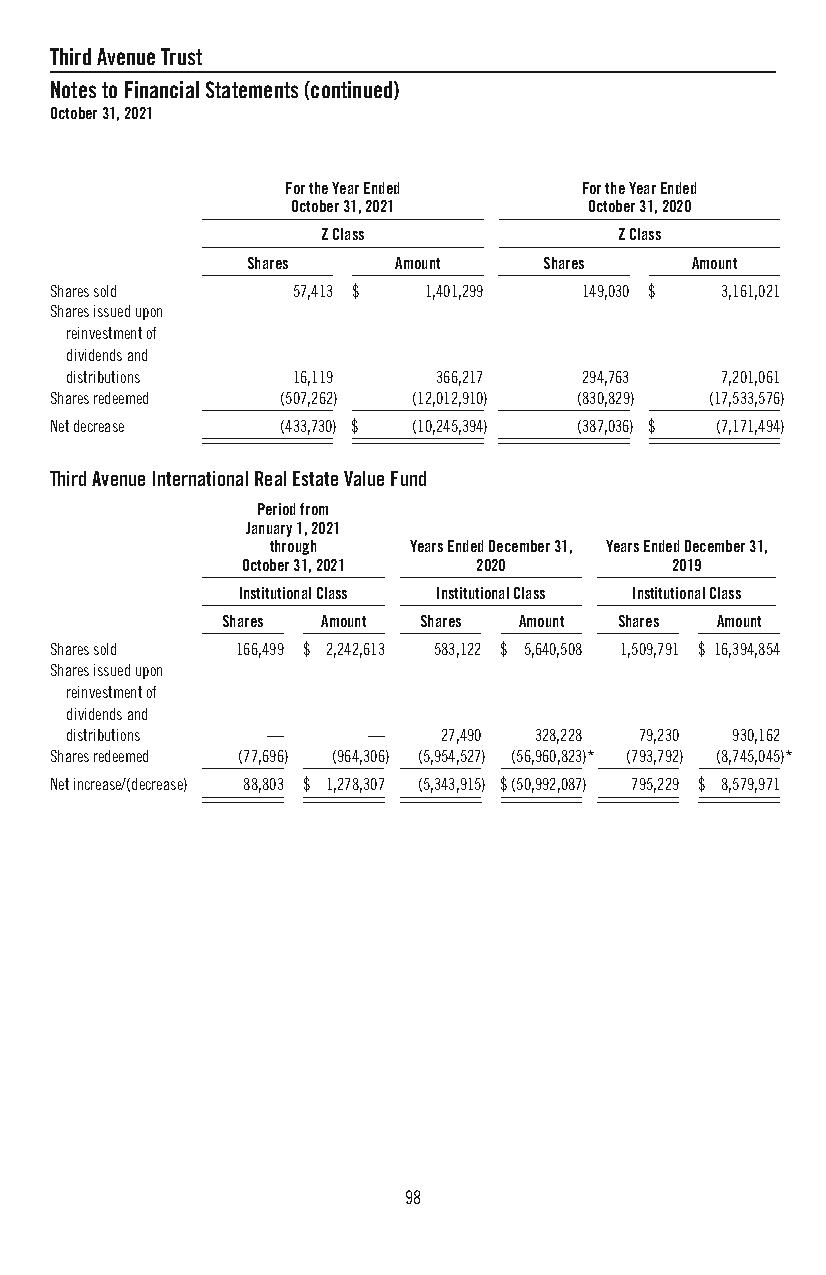
ThirdAvenueTrust
 NotestoFinancialStatements(continued)
 October31,2021
 FortheYearEnded    FortheYearEnded
 October31,2021      October31,2020
 ZClass              ZClass
 Shares    Amount    Shares    Amount
 Sharessold      57,413 $ 1,401,299 149,030 $ 3,161,021
 Sharesissuedupon
 reinvestmentof
 dividendsand
 distributions  16,119    366,217  294,763   7,201,061
 Sharesredeemed  (507,262) (12,012,910) (830,829) (17,533,576)
 Netdecrease     (433,730) $ (10,245,394) (387,036) $ (7,171,494)
 ThirdAvenueInternationalRealEstateValueFund
 Periodfrom
 January1,2021
 through  YearsEndedDecember31, YearsEndedDecember31,
 October31,2021 2020         2019
 InstitutionalClass InstitutionalClass InstitutionalClass
 Shares Amount Shares Amount Shares Amount
 Sharessold   166,499 $ 2,242,613 583,122 $ 5,640,508 1,509,791 $ 16,394,854
 Sharesissuedupon
 reinvestmentof
 dividendsand
 distributions —     —    27,490 328,228 79,230 930,162
 Sharesredeemed (77,696) (964,306) (5,954,527) (56,960,823)* (793,792) (8,745,045)*
 Netincrease/(decrease) 88,803 $ 1,278,307 (5,343,915) $(50,992,087) 795,229 $ 8,579,971
 98